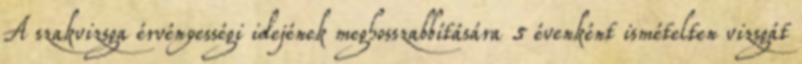
A szakvizsga érvényességi idejének meghosszabbítására 5 évenként ismételten vizsgát